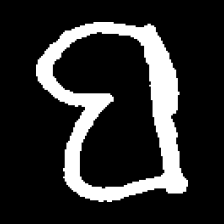
Pyu character \u2014 Myanmar letter: ဗ (romanized: ba)